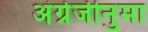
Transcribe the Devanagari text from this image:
अंग्रेजीनुमा